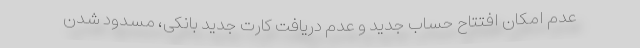
عدم امکان افتتاح حساب جدید و عدم دریافت کارت جدید بانکی، مسدود شدن